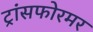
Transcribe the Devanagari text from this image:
ट्रांसफोरमर